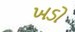
ખડો